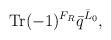
LaTeX: \begin{align*}{\rm Tr} (-1)^{F_R} {\bar q}^{{\bar L}_0},\end{align*}